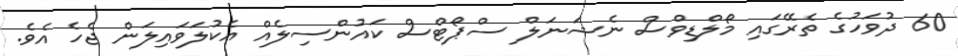
60 ދުވަހުގެ ތެރޭގައި މޯލްޑިވްސް ނެޝަނަލް ސްޕޯޓްސް ކައުންސިލެއް އެކުލަވައިލަން ޖެހެ އެވެ.